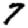
Digit: 7